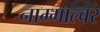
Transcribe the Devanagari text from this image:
नाम्माल्वर